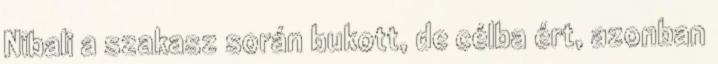
Nibali a szakasz során bukott, de célba ért, azonban